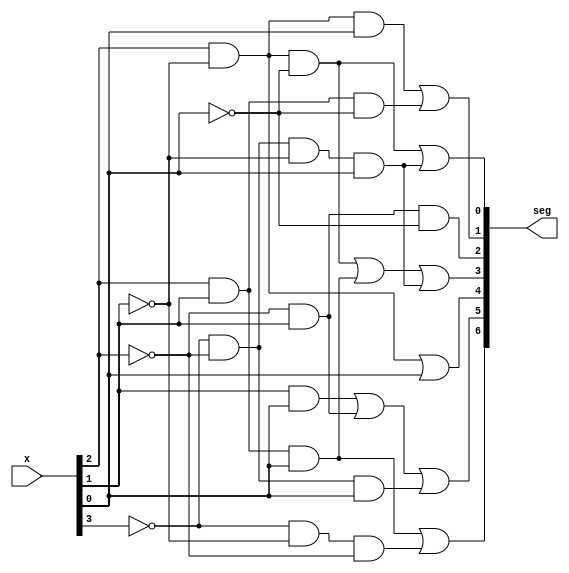
module BCDToLED(
input [3:0] x, // binary input
output [6:0] seg// segments
//output [3:0] an // display specific anodes
);
//reg [6:0] seg;
assign seg[ 0 ] =x[2]&~x[1]&~x[0]|~x[3]&~x[2]&~x[1]&x[0];
assign seg[ 1 ] =x[2]&~x[1]&x[0]|x[2]&x[1]&~x[0];
assign seg[ 2 ] =~x[2]&x[1]&~x[0];
assign seg[ 3 ] =x[2]&~x[1]&~x[0]|x[2]&x[1]&x[0]|~x[3]&~x[2]&~x[1]&x[0];
assign seg[ 4 ] =x[2]&~x[1]|x[0];
assign seg[ 5 ] =x[1]&x[0]|~x[2]&x[1]|~x[3]&~x[2]&x[0];
assign seg[ 6 ] =x[2]&x[1]&x[0]|~x[3]&~x[1]&~x[2];
    //assign an=4'h1;
endmodule